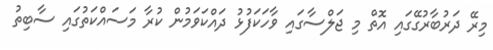
މިރޭ ދަރުބާރުގޭގައި އޮތް މި ޖަލްސާގައި ވާހަކަފުޅު ދައްކަވަމުން ކުރާ މަސައްކަތުގައި ސާބިތު